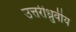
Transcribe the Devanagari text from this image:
उत्तरीध्रुवीय